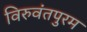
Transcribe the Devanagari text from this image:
विरुवंतपुरम